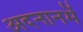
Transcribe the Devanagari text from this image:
अदनानमें